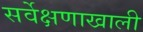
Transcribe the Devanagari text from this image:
सर्वेक्षणाखाली